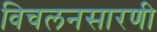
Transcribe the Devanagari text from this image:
विचलनसारणी